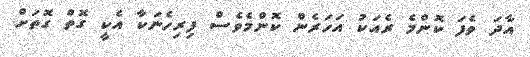
އާދަ ވެފަ ކޮންމެ ރެއަކު އަހަރެން ކޮންމެވެސް ފިރިހެނަކާ އެކީ ގޮތް ގޮތަށް